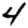
Digit: 4